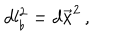
d l _ { \flat } ^ { 2 } = d \vec { x } ^ { 2 } \, ,